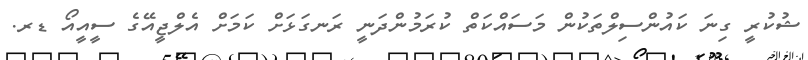
ޝުކުރީ ގިނަ ކައުންސިލްތަކުން މަސައްކަތް ކުރަމުންދަނީ ރަނގަޅަށް ކަމަށް އެލްޖީއޭގެ ސީއީއޯ ޑރ.